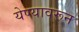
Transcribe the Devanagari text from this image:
येण्यावरून